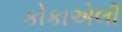
કોકાએલી